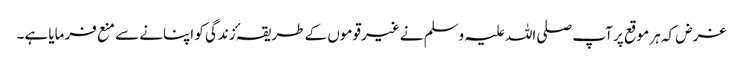
غرض کہ ہر موقع پر آپ صلی اللہ علیہ وسلم نے غیرقوموں کے طریقہٴ زندگی کو اپنانے سے منع فرمایا ہے۔